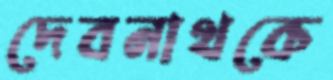
দেবনাথকে